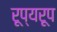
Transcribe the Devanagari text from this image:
रूप्यरूप